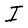
Character: I